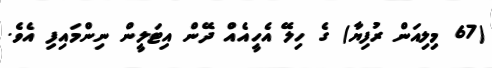
(67 މިލިއަން ރުފިޔާ) ގެ ހިލޭ އެހީއެއް ދޭން އިޓަލީން ނިންމައިފި އެވެ.